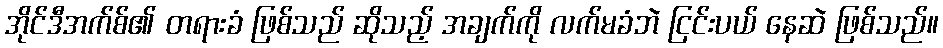
အိုင်ဒီအက်စ်၏ တရားခံ ဖြစ်သည် ဆိုသည့် အချက်ကို လက်မခံဘဲ ငြင်းပယ် နေဆဲ ဖြစ်သည်။